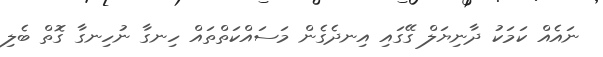
ނައެއް ކަމަކު ދާނިޔަލް ގޭގައި އިނދެގެން މަސައްކަތްތައް ހިނގާ ނުހިނގާ ގޮތް ބެލި